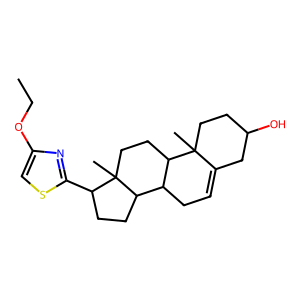
SMILES: CCOc1csc(C2CCC3C4CC=C5CC(O)CCC5(C)C4CCC23C)n1
Inhibits HIV replication: No